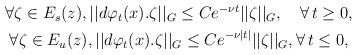
LaTeX: \begin{align*}\begin{gathered}\forall \zeta\in E_s(z), ||d\varphi_t(x).\zeta||_{G}\leq Ce^{-\nu t}||\zeta||_{G}, \quad\forall\, t\geq 0,\\\forall \zeta \in E_u(z), ||d\varphi_t(x).\zeta||_{G}\leq Ce^{-\nu |t|}||\zeta||_{G}, \forall\, t\leq 0,\end{gathered}\end{align*}